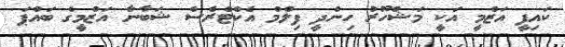
ކައިފީ އަޒްމީ އަކީ މަޝްހޫރު ހިންދީ ފިލްމް އެކްޓްރެސް ޝަބާނާ އަޒްމީގެ ބައްޕަ